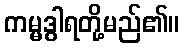
ကမ္မဒွါရတို့မည်၏။